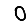
Digit: 0